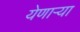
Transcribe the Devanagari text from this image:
येणाऱ्या